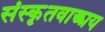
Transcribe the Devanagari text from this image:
संस्कृतवाङ्मय